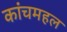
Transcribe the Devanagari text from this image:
कांचमहल